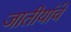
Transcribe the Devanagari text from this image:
जातीयांचे